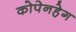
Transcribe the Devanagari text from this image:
कोपेनहेग